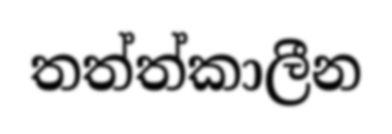
තත්ත්කාලීන